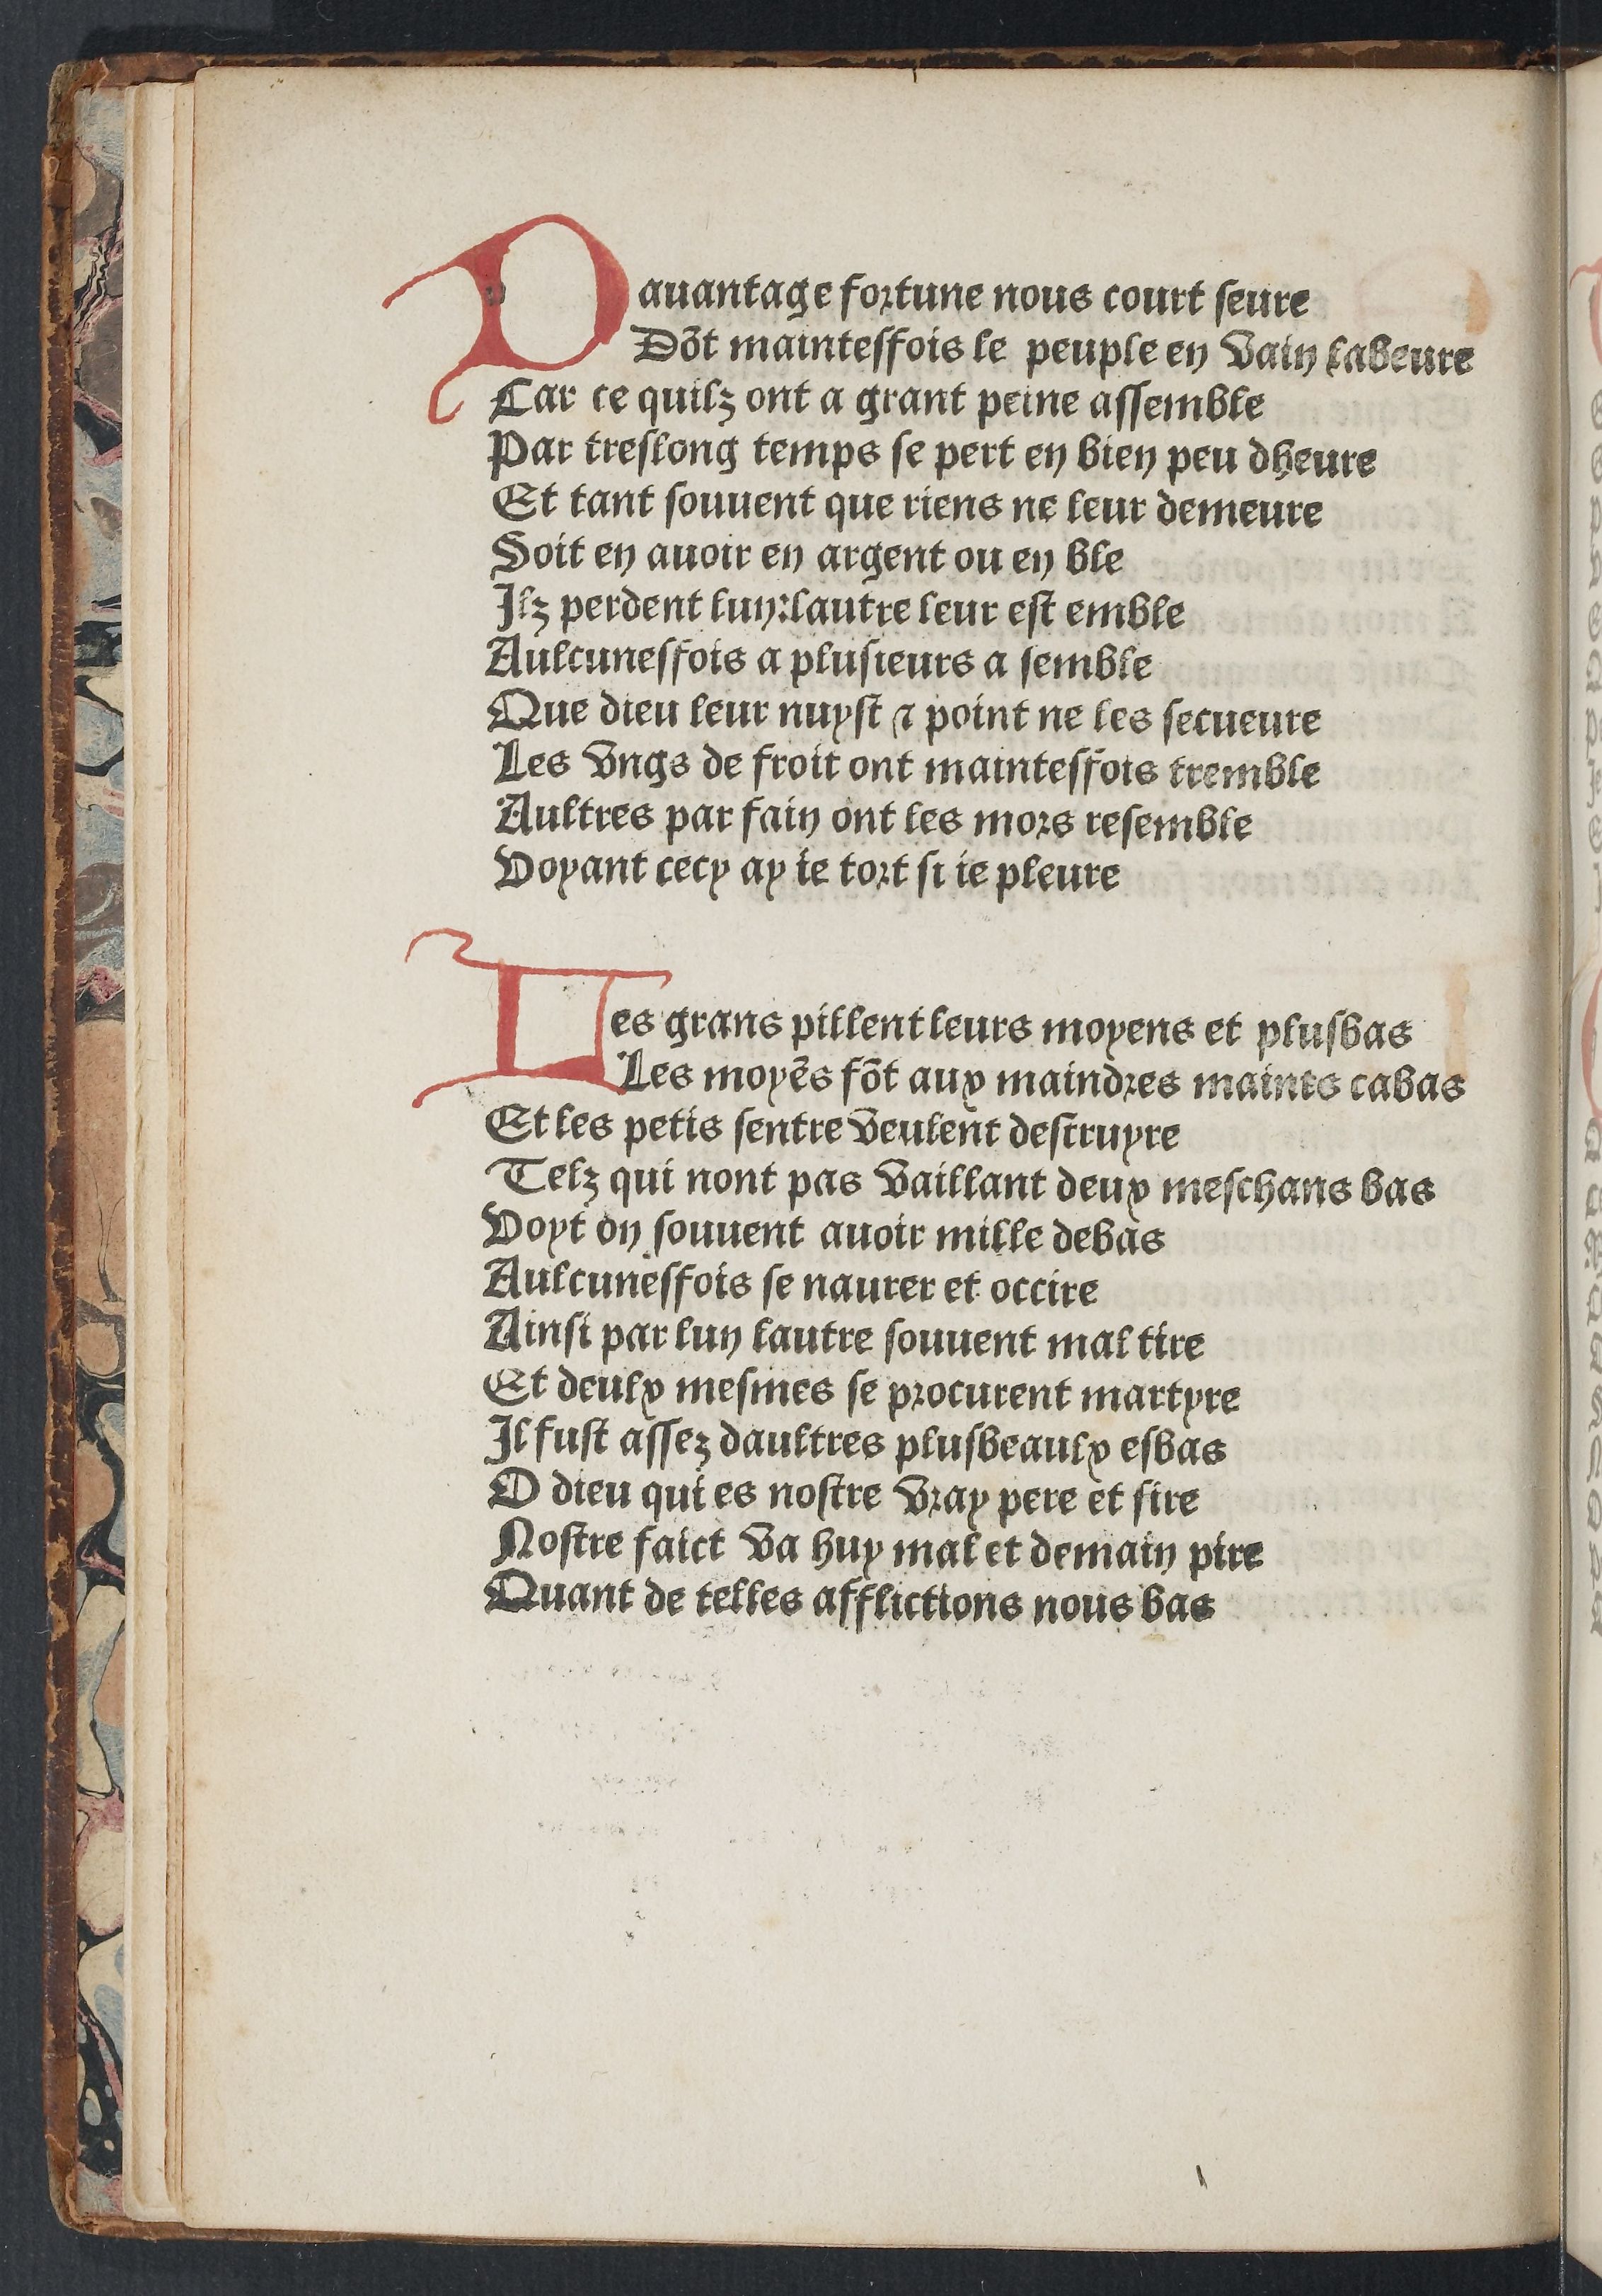
Shelfmark: Paris, BnF, Rés. YE-281
Century: 15